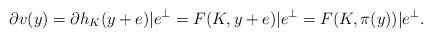
LaTeX: \begin{align*}\partial v(y)=\partial h_K(y+e)|e^\bot=F(K,y+e)|e^\bot=F(K,\pi(y))|e^\bot.\end{align*}